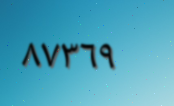
٨٧٣٦٩